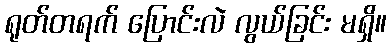
ရုတ်တရက် ပြောင်းလဲ လွယ်ခြင်း မရှိ။